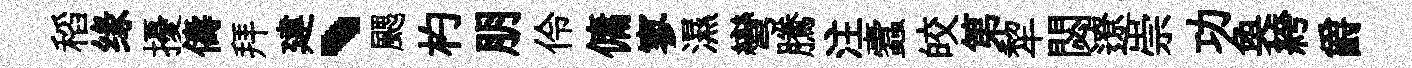
稻缘擾儔拜建、颸杓朋伶傭寥濕彎騰注蠧皎第犂閟遼崇功奐絝爵